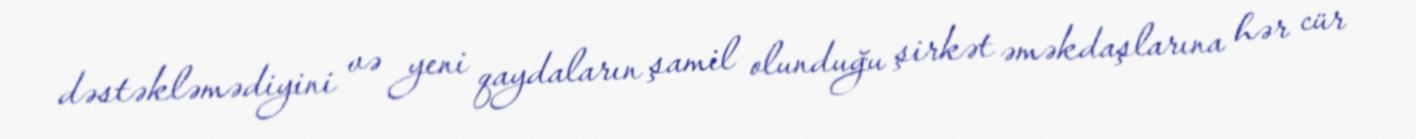
dəstəkləmədiyini və yeni qaydaların şamil olunduğu şirkət əməkdaşlarına hər cür